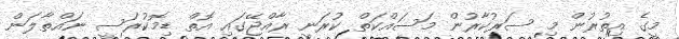
މީގެ އިތުރުން މި ސަރުކާރުން މަސައްކަތް ކުރަނީ ރާއްޖޭގައި އޮތް ޑިމޮކުރަސީ ނައްތާލަން